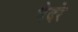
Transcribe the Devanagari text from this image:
भेदरे